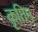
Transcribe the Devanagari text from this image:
कृतिम्